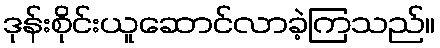
ဒုန်းစိုင်းယူဆောင်လာခဲ့ကြသည်။